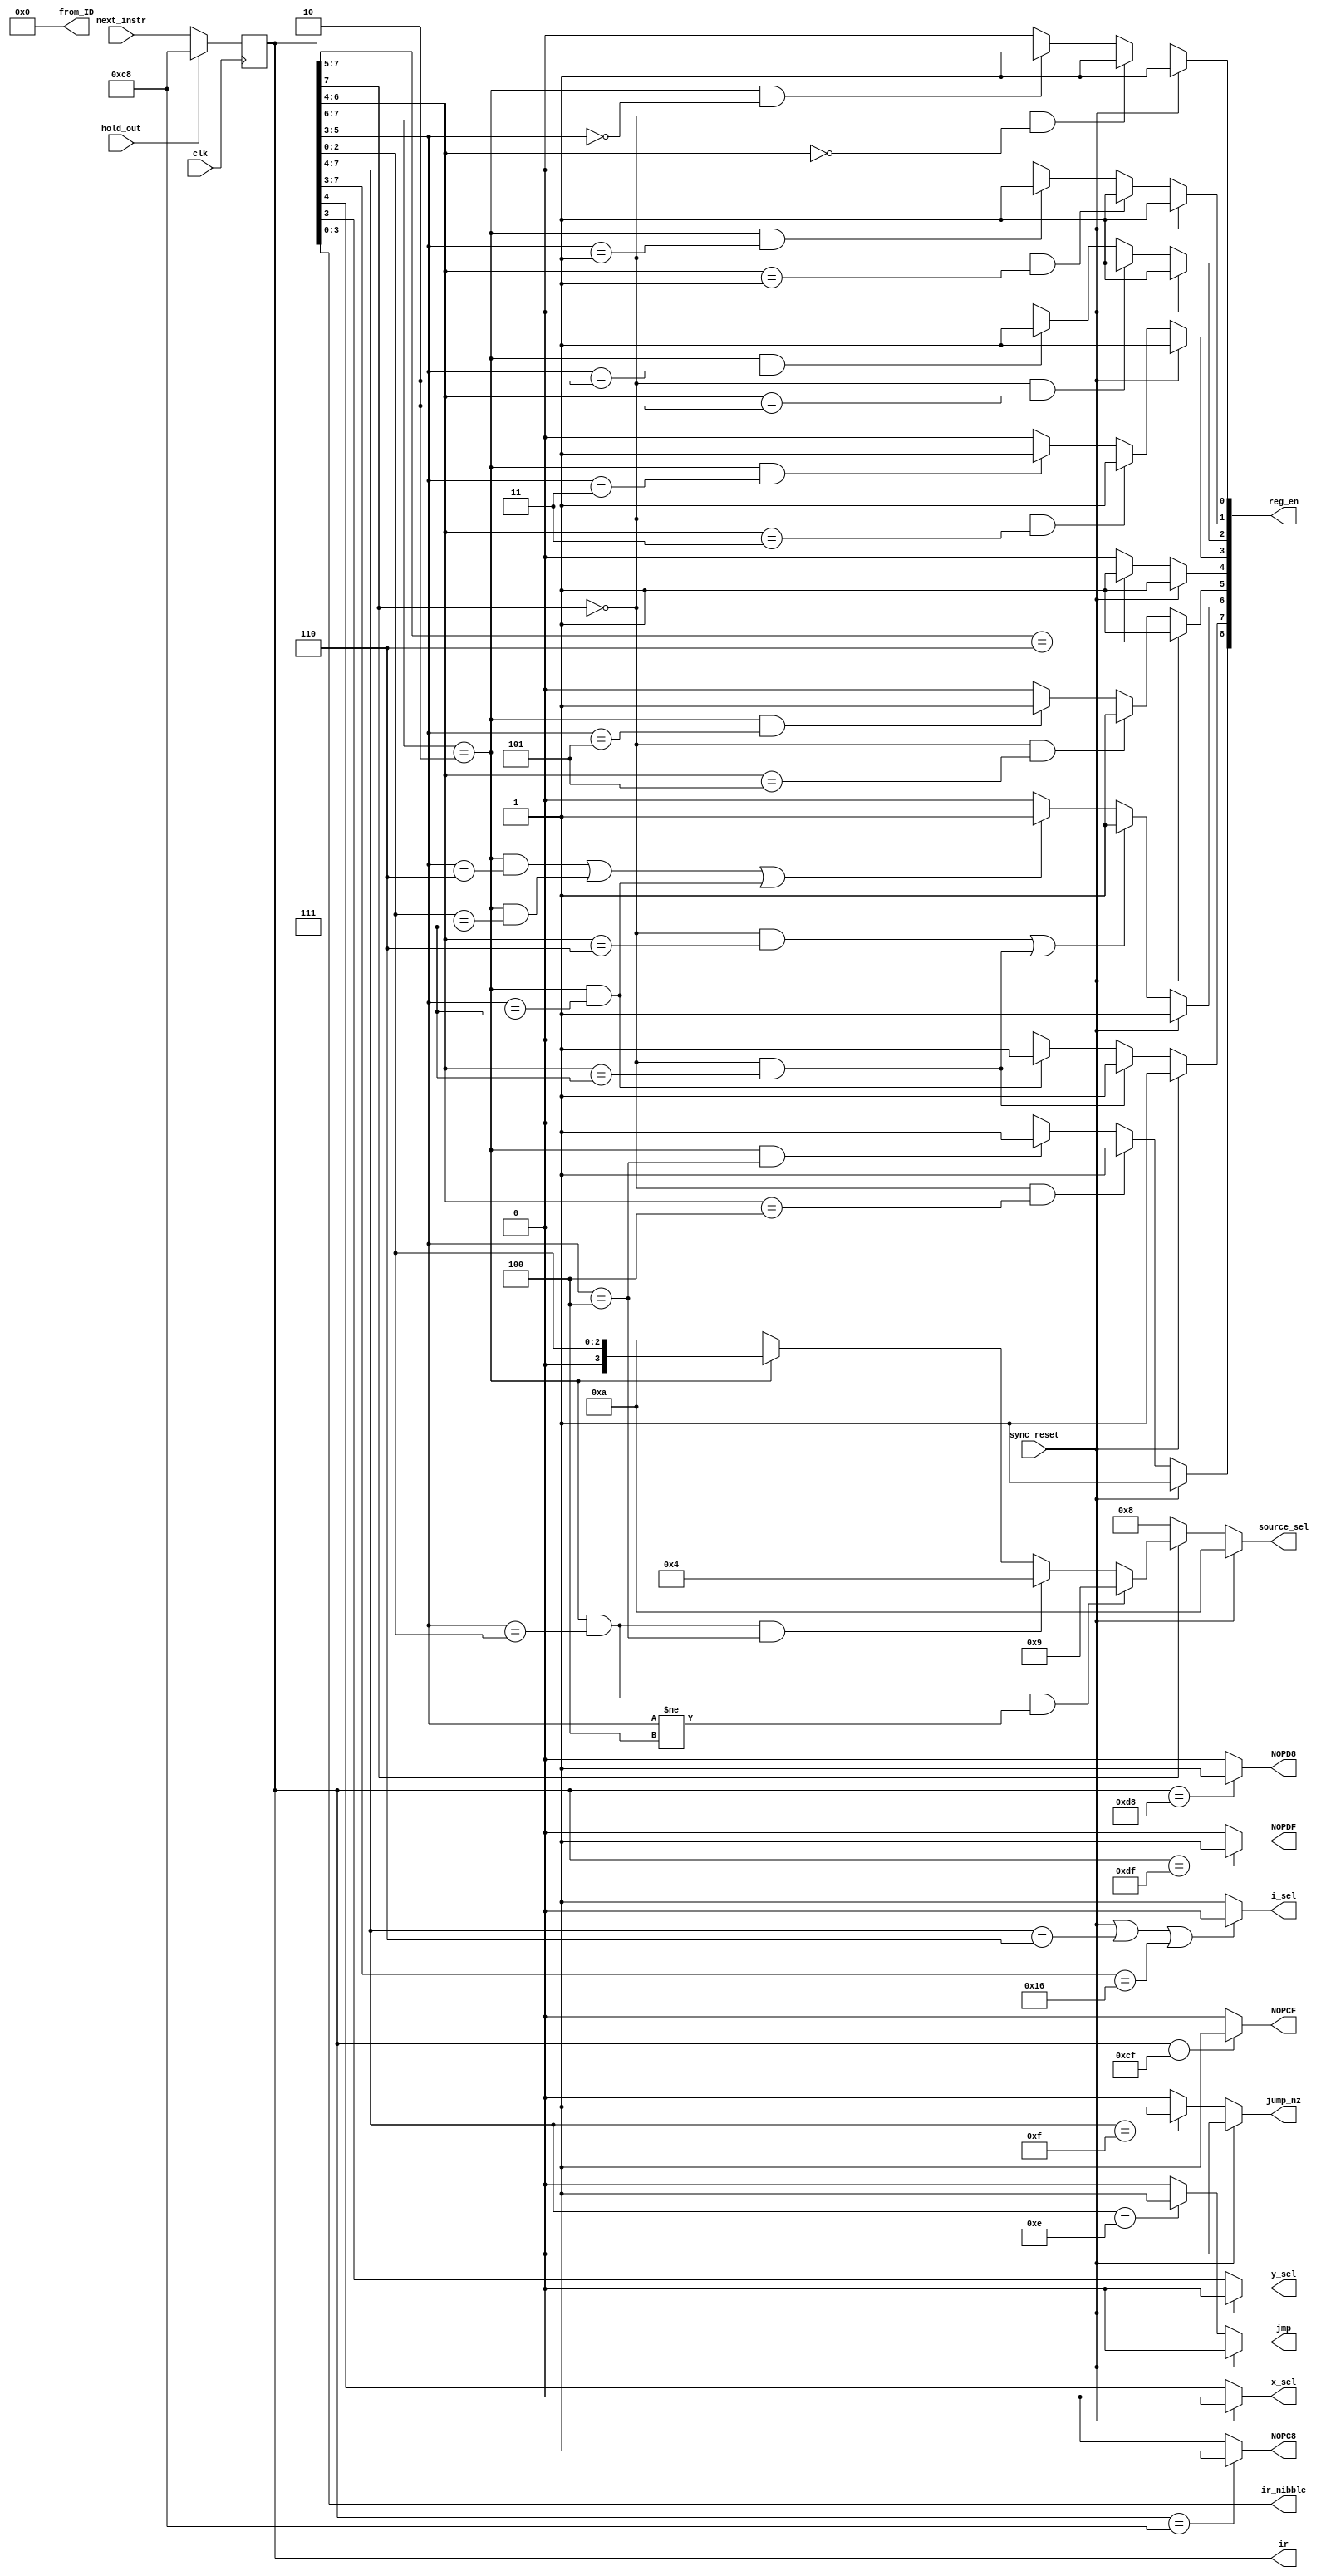
module instruction_decoder(
input clk,
input sync_reset,
input [7:0] next_instr, 
input hold_out,
output reg jmp,
output reg jump_nz,
output reg [7:0] ir,
output wire [3:0] ir_nibble,
output reg i_sel,
output reg x_sel,
output reg y_sel,
output reg [3:0] source_sel,
output reg [8:0] reg_en,
output wire [7:0] from_ID,
output reg NOPC8, 
output reg NOPCF, 
output reg NOPD8, 
output reg NOPDF
);

assign from_ID = 8'H00; 
//assign from_ID = reg_en[7:0];


assign ir_nibble = ir[3:0];		
	
//------------------instruction register------------------------------------------------
always @(posedge clk)
	begin
		if(hold_out)
			ir <= 8'hC8;
		else
			ir <= next_instr;
	end
	
//---------------register_enable for x0------------------------------------------------
always @(*) 
	
	if (sync_reset == 1'b1) 
		reg_en[0] = 1'b1;
	else if ((ir[7] == 1'b0) && (ir[6:4] == 3'd0)) //load x0
		reg_en[0] = 1'b1; 
	else if ((ir[7:6] == 2'b10) && (ir[5:3] == 3'd0)) //move x0
		reg_en[0] = 1'b1;
	else 
		reg_en[0] = 1'b0; 
		
//------------- register_enable bit x1 --------------------------------------------------
always @(*) 
	
	if (sync_reset == 1'b1) 
		reg_en[1] = 1'b1;
	else if ((ir[7] == 1'b0) && (ir[6:4] == 3'd1)) //load x1
		reg_en[1] = 1'b1;
	else if ((ir[7:6] == 2'b10) && (ir[5:3] == 3'd1)) //move x1
		reg_en[1] = 1'b1;
	else 
		reg_en[1] = 1'b0;
	
//------------- register_enable bit y0 ---------------------------------------------------
always @(*)
	
	if (sync_reset == 1'b1) 
		reg_en[2] = 1'b1;
	else if ((ir[7] == 1'b0) && (ir[6:4] == 3'd2)) //load y0
		reg_en[2] = 1'b1;
	else if ((ir[7:6] == 2'b10) && (ir[5:3] == 3'd2)) //move y0
		reg_en[2] = 1'b1;
	else 
		reg_en[2] = 1'b0;
		
//------------- register_enable bit y1 ----------------------------------------------------
always @(*)
	
	if (sync_reset == 1'b1) 
		reg_en[3] = 1'b1;
	else if ((ir[7] == 1'b0) && (ir[6:4] == 3'd3)) //load y1
		reg_en[3] = 1'b1;
	else if ((ir[7:6] == 2'b10) && (ir[5:3] == 3'd3)) //move y1
		reg_en[3] = 1'b1;
	else 
		reg_en[3] = 1'b0;

//------------- register_enable bit o_reg --------------------------------------------------
always @(*)
	
	if (sync_reset == 1'b1)
		reg_en[8] = 1'b1;
	else if ((ir[7] == 1'b0) && (ir[6:4] == 3'd4)) //load o_reg
		reg_en[8] = 1'b1;
	else if ((ir[7:6] == 2'b10) && (ir[5:3] == 3'd4)) //move o_reg
		reg_en[8] = 1'b1;
	else 
		reg_en[8] = 1'b0;
//------------- register_enable bit r ------------------------------------------------------
always @(*)
	
	if (sync_reset == 1'b1) 
		reg_en[4] = 1'b1;
	else if (ir[7:5] == 3'b110) // ALU function
		reg_en[4] = 1'b1;
	else
		reg_en[4] = 1'b0; 

//------------- register_enable bit m -------------------------------------------------------
always @(*)
	
	if (sync_reset == 1'b1)  
		reg_en[5] = 1'b1;
	else if ((ir[7] == 1'b0) && (ir[6:4] == 3'd5)) //load m
		reg_en[5] = 1'b1;
	else if ((ir[7:6] == 2'b10) && (ir[5:3] == 3'd5)) // move m
		reg_en[5] = 1'b1;
	else
		reg_en[5] = 1'b0; 	
	
//------------- register_enable bit i -------------------------------------------------------
always @(*)
	
	if (sync_reset == 1'b1)
		reg_en[6] = 1'b1;
	else if (((ir[7] == 1'b0) && (ir[6:4] == 3'd6)) || ((ir[7] == 1'b0) && (ir[6:4] == 3'd7)))
		reg_en[6] = 1'b1;
	else if (((ir[7:6] == 2'b10) && (ir[5:3] == 3'd6)) || ((ir[7:6] == 2'b10) && (ir[2:0] == 3'd7)) || ((ir[7:6] == 2'b10) && (ir[5:3] == 3'd7)))
		reg_en[6] = 1'b1;
	else
		reg_en[6] = 1'b0;	
		
//------------- register_enable bit dm -------------------------------------------------------
always @(*)

	if (sync_reset == 1'b1) 
		reg_en[7] = 1'b1;
	else if ((ir[7] == 1'b0) && (ir[6:4] == 3'd7)) // load dm
		reg_en[7] = 1'b1;
	else if ((ir[7:6] == 2'b10) && (ir[5:3] == 3'd7)) // move dm
		reg_en[7] = 1'b1;
	else
		reg_en[7] = 1'b0; 
		
		
// -------------source selects---------------------------------------------------------------
always @(*)
	if (sync_reset == 1'b1)  // sync_reset case
		source_sel = 4'd10;	
	else if (ir[7] == 1'b0) // load case
		source_sel = 4'd8;
	else if ((ir[7:6] == 2'b10) && (ir[5:3] == ir[2:0]) && (ir[5:3] != 3'd4)) 	// move i_pins to reg
		source_sel = 4'd9; 		
	else if ((ir[7:6] == 2'b10) && (ir[5:3] == ir[2:0]) && (ir[5:3] == 3'd4)) // move r to o_reg
		source_sel = 4'd4; 			
	else if (ir[7:6] == 2'b10) 	// move case
		source_sel = {1'b0, ir[2:0]};
	else 
		source_sel = 4'd10; // should never reach this 

//---------------------i select---------------------------------------------------------------
always @(*)

	if ((sync_reset == 1'b1) | (ir[7:4] == 4'b0110) | (ir[7:3] == 5'b10110 ))
		i_sel = 1'b0;
	else
		i_sel = 1'b1;

//--------------------y select-----------------------------------------------------------------
always @(*)

	if (sync_reset == 1'b1)		
		y_sel = 1'b0;
	else 
		y_sel = ir[3];

//--------------------X select----------------------------------------------------------------
always @(*)

	if (sync_reset == 1'b1)		
		x_sel = 1'b0;
	else 
		x_sel = ir[4];
	
//-----------------conditional Jump------------------------------------------------------------
always @(*)
	if (sync_reset == 1'b1)
		jump_nz = 1'b0;
	else if (ir[7:4] == 4'b1111)
		jump_nz = 1'b1;
	else
		jump_nz = 1'b0;
		
//----------------unconditional Jump----------------------------------------------------------
always @(*)
	if (sync_reset == 1'b1)		
		jmp = 1'b0;
	else if (ir[7:4] == 4'b1110)
		jmp = 1'b1;
	else
		jmp = 1'b0;
		
//-----------------No opps----------------------------------------------------------
always @(*)
if (ir == 8'hC8)
	NOPC8 = 1'b1;
else
	NOPC8 = 1'b0;
	
always @(*)
if (ir == 8'hCF)
	NOPCF = 1'b1;
else
	NOPCF = 1'b0;
	
always @(*)
if (ir == 8'hD8)
	NOPD8 = 1'b1;
else
	NOPD8 = 1'b0;
	
always @(*)
if (ir == 8'hDF)
	NOPDF = 1'b1;
else
	NOPDF = 1'b0;
	
	

endmodule